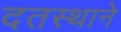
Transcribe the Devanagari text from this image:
दतस्थाने